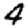
Digit: 4